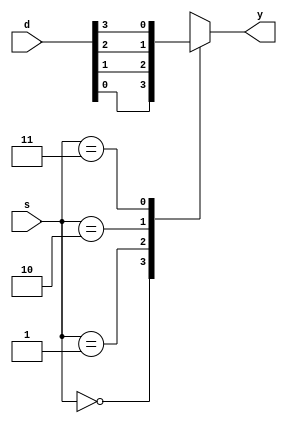
`timescale 1ns / 1ps
//////////////////////////////////////////////////////////////////////////////////
// Company: 
// Engineer: 
// 
// Design Name: 
// Module Name: mux_4to1
// Project Name: 
// Target Devices: 
// Tool Versions: 
// Description: 
// 
// Dependencies: 
// 
// Revision:
// Revision 0.01 - File Created
// Additional Comments:
// 
//////////////////////////////////////////////////////////////////////////////////


module mux_4to1(
    input [3:0] d,
    input [1:0] s,
    output reg y
    );
    always@(*) 
    begin 
    case(s)
    2'b00:y=d[0];
    2'b01:y=d[1];
    2'b10:y=d[2];
    2'b11:y=d[3];
    endcase  
    end
endmodule